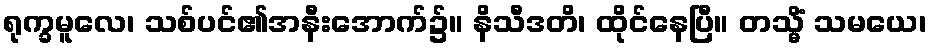
ရုက္ခမူလေ၊ သစ်ပင်၏အနီးအောက်၌။ နိသီဒတိ၊ ထိုင်နေပြီ။ တသ္မိံ သမယေ၊